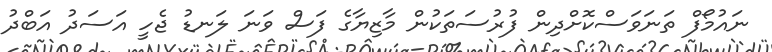
ނައުމޯފް ތަނަވަސްކޮށްދިން ފުރުސަތަކުން މާޒިޔާގެ ފަސް ވަނަ ލަނޑު ޖެހީ އަސަދު އަބްދު